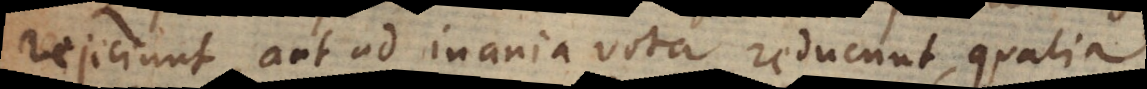
rejiciunt, aut ad inania vota reducunt, qualia